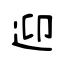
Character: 迎